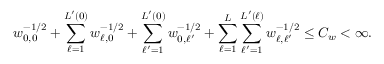
w _ { 0 , 0 } ^ { - 1 / 2 } + \sum _ { \ell = 1 } ^ { L ^ { \prime } ( 0 ) } w _ { \ell , 0 } ^ { - 1 / 2 } + \sum _ { \ell ^ { \prime } = 1 } ^ { L ^ { \prime } ( 0 ) } w _ { 0 , \ell ^ { \prime } } ^ { - 1 / 2 } + \sum _ { \ell = 1 } ^ { L } \sum _ { \ell ^ { \prime } = 1 } ^ { L ^ { \prime } ( \ell ) } w _ { \ell , \ell ^ { \prime } } ^ { - 1 / 2 } \le C _ { w } < \infty .